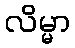
လိမ္မာ